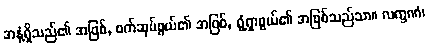
အနံ့ရှိသည်၏ အဖြစ်, စက်ဆုပ်ဖွယ်၏ အဖြစ်, ရွံ့ရှာဖွယ်၏ အဖြစ်သည်သာ။ လက္ခဏံ၊